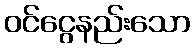
ဝင်ငွေနည်းသော